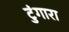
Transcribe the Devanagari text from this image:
टुंगारा